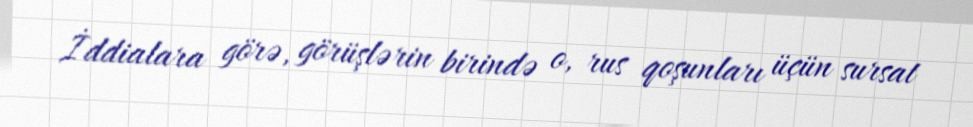
İddialara görə, görüşlərin birində o, rus qoşunları üçün sursat